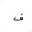
Letter: _fa